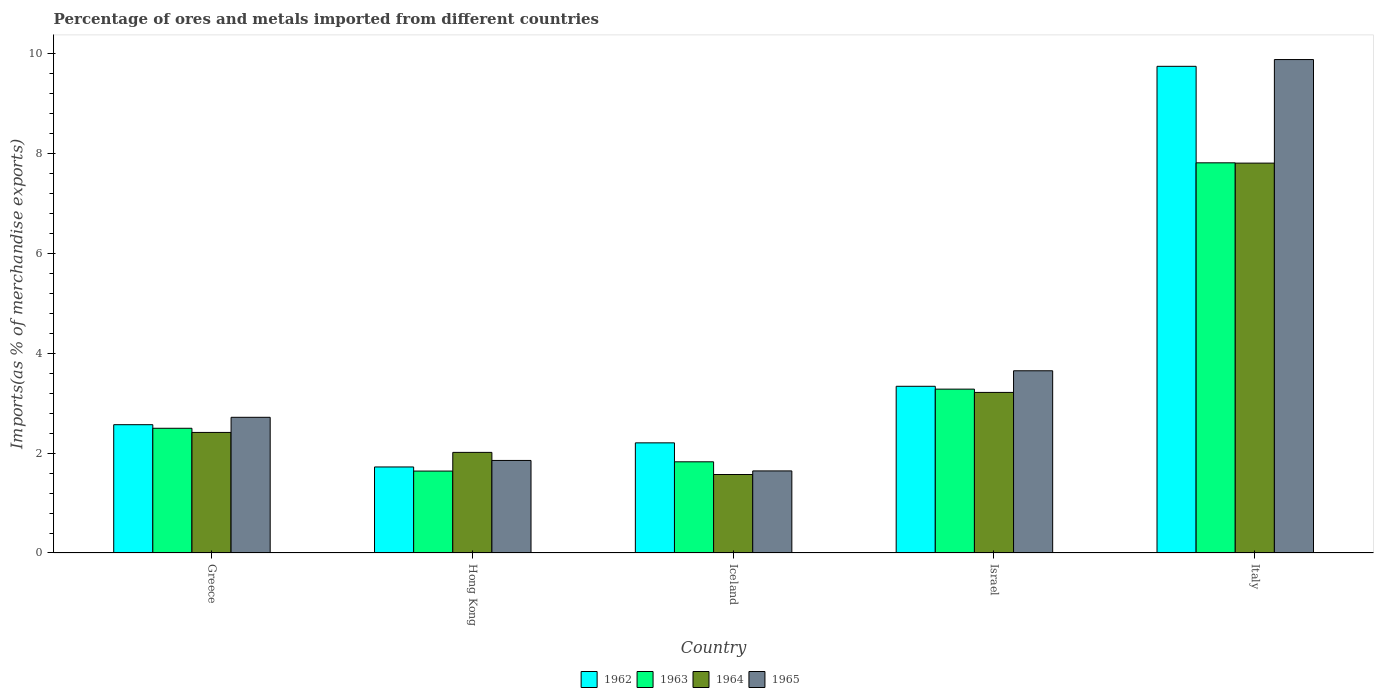
| Country | 1962 | 1963 | 1964 | 1965 |
 | --- | --- | --- | --- | --- |
 | Greece | 2.57 | 2.5 | 2.42 | 2.72 |
 | Hong Kong | 1.72 | 1.64 | 2.02 | 1.85 |
 | Iceland | 2.21 | 1.83 | 1.57 | 1.64 |
 | Israel | 3.34 | 3.28 | 3.22 | 3.65 |
 | Italy | 9.75 | 7.82 | 7.81 | 9.89 |